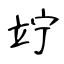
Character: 竚